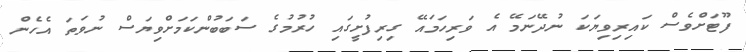
ފޫޓަށްވެސް ކައިރިވިޔަކަ ނުދޭނަމޭ އެ ވަރިހަމައޭ ގިރިފުށީގައި ހުރުމުގެ ސަބަބުންކަމަށްވިޔަސް ނުވަތަ އެހެން